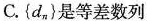
C.\left\{d_{n}\right\}是等差数列